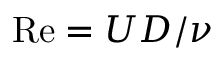
\mathrm { R e } = U D / \nu